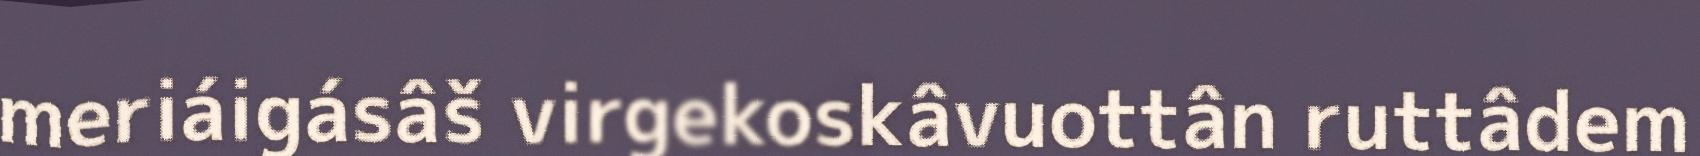
meriáigásâš virgekoskâvuottân ruttâdem